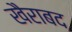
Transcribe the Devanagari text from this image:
खैराबद